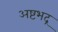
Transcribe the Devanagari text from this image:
अष्टभद्र